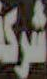
شركة